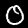
Label: 0